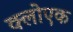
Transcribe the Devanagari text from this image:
क्लोएक